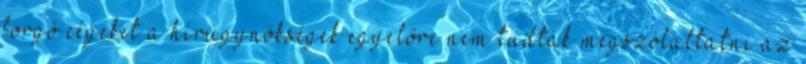
forgó cégeket a hírügynökségek egyelőre nem tudták megszólaltatni az